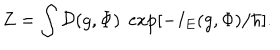
Z = \int { \cal D } ( g , \Phi ) \; \exp [ - I _ { E } ( g , \Phi ) / \hbar ] .